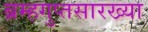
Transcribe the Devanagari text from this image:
ब्रम्हगुप्तसारख्या